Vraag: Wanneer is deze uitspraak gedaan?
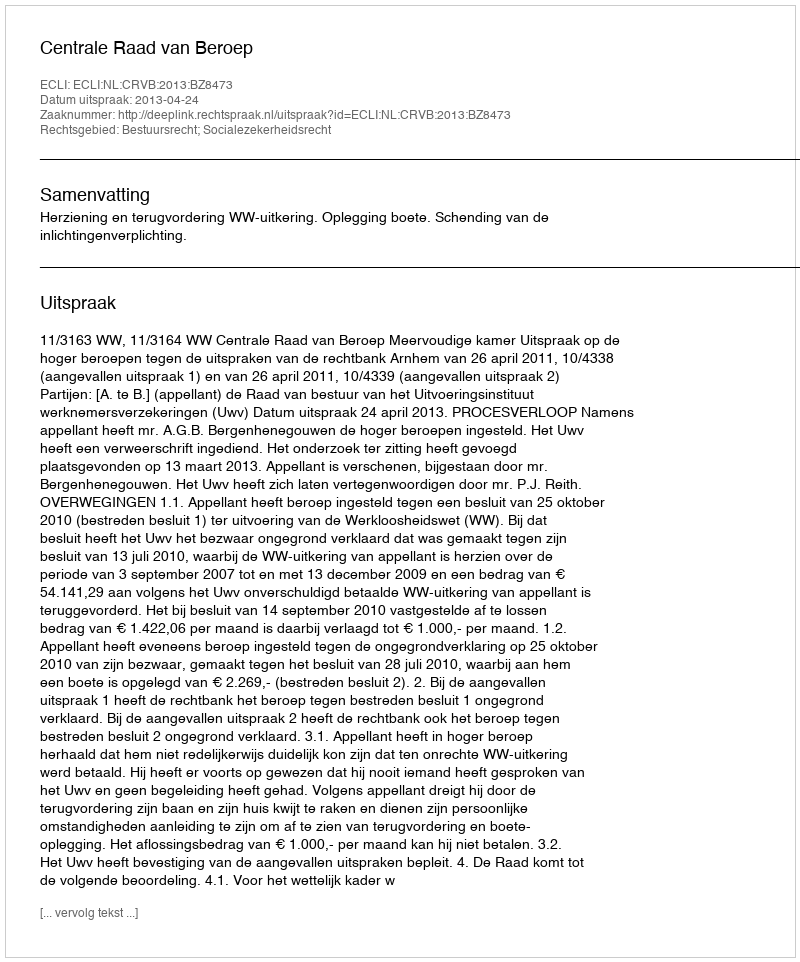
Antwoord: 2013-04-24